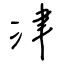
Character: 津